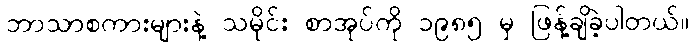
ဘာသာစကားများနဲ့ သမိုင်း စာအုပ်ကို ၁၉၈၅ မှ ဖြန့်ချိခဲ့ပါတယ်။